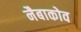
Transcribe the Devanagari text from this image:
नैबाकोव